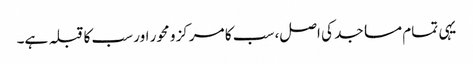
یہی تمام مساجد کی اصل، سب کا مرکز و محور اور سب کا قبلہ ہے۔